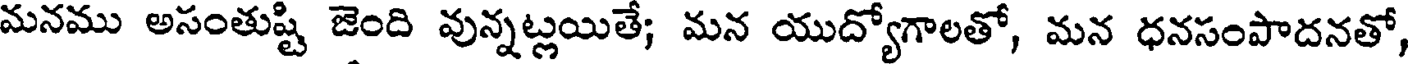
మనము అసంతుష్టి జెంది వున్నట్లయితే; మన యుద్యోగాలతో, మన ధనసంపాదనతో,